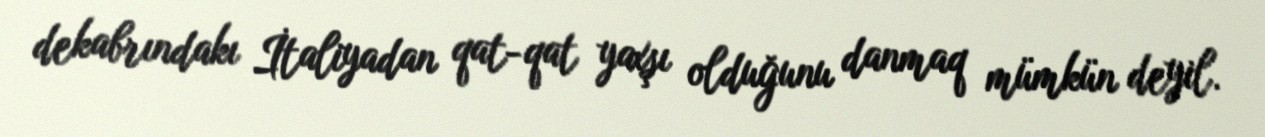
dekabrındakı İtaliyadan qat-qat yaxşı olduğunu danmaq mümkün deyil.